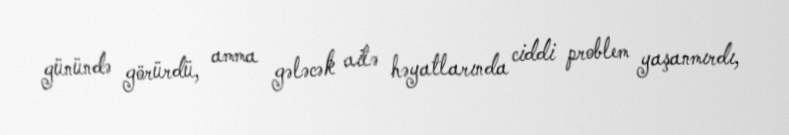
günündə görürdü, amma gələcək ailə həyatlarında ciddi problem yaşanmırdı,